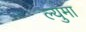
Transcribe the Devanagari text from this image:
ल्युमा